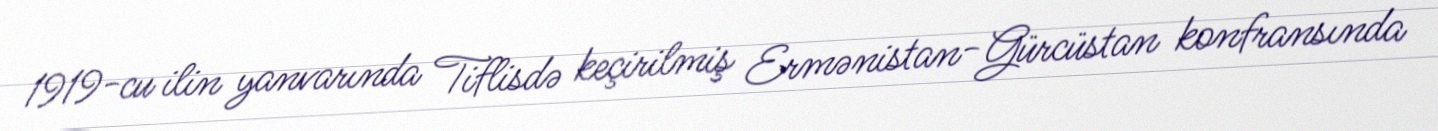
1919-cu ilin yanvarında Tiflisdə keçirilmiş Ermənistan-Gürcüstan konfransında